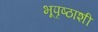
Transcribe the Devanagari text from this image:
भूपृष्ठाशी